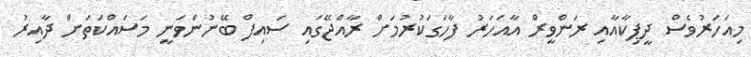
މިއަހަރުވެސް ދީޕިކާއާއި ރަންވީރް އާއަހަރު ފާހަގަކުރުމަށް ރާއްޖޭގައި ސައިފް ބޭނުންވަނީ މަސައްކަތަށް ދާއިރު